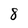
Character: 8